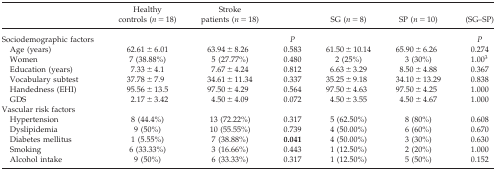
|  | Healthy controls (n = 18) | Stroke patients (n = 18) |  | SG (n = 8) | SP (n = 10) | (SG–SP) |
 | --- | --- | --- | --- | --- | --- | --- |
 | Sociodemographic factors |  |  | P |  |  | P |
 | Age (years) | 62.61 ± 6.01 | 63.94 ± 8.26 | 0.583 | 61.50 ± 10.14 | 65.90 ± 6.26 | 0.274 |
 | Women | 7 (38.88%) | 5 (27.77%) | 0.480 | 2 (25%) | 3 (30%) | 1.003 |
 | Education (years) | 7.33 ± 4.1 | 7.67 ± 4.24 | 0.812 | 6.63 ± 3.29 | 8.50 ± 4.88 | 0.367 |
 | Vocabulary subtest | 37.78 ± 7.9 | 34.61 ± 11.34 | 0.337 | 35.25 ± 9.18 | 34.10 ± 13.29 | 0.838 |
 | Handedness (EHI) | 95.56 ± 13.5 | 97.50 ± 4.29 | 0.564 | 97.50 ± 4.63 | 97.50 ± 4.25 | 1.000 |
 | GDS | 2.17 ± 3.42 | 4.50 ± 4.09 | 0.072 | 4.50 ± 3.55 | 4.50 ± 4.67 | 1.000 |
 | <COLSPAN=7> Vascular risk factors |
 | Hypertension | 8 (44.4%) | 13 (72.22%) | 0.317 | 5 (62.50%) | 8 (80%) | 0.608 |
 | Dyslipidemia | 9 (50%) | 10 (55.55%) | 0.739 | 4 (50.00%) | 6 (60%) | 0.670 |
 | Diabetes mellitus | 1 (5.55%) | 7 (38.88%) | 0.041 | 4 (50.00%) | 3 (30%) | 0.630 |
 | Smoking | 6 (33.33%) | 3 (16.66%) | 0.443 | 1 (12.50%) | 2 (20%) | 1.000 |
 | Alcohol intake | 9 (50%) | 6 (33.33%) | 0.317 | 1 (12.50%) | 5 (50%) | 0.152 |